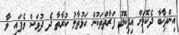
އިންތިޚާބާ ދެކޮޅަށް އިދިކޮޅު ފަރާތްތަކުން ހަޅުތާލު ކުރާތާ ދެ ދުވަސް ވެފައި ވާ